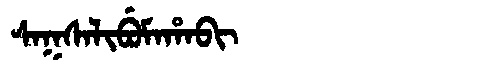
Manchu: ᠰᠠᡴᠰᠠᠯᡳᠪᡠᠮᠠᡥᠠᠪᡳ
Romanization: SAKSALIBUMAHABI